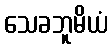
သေခဘူမိယံ